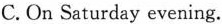
C.On Saturday evening.